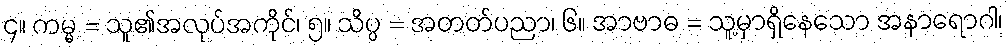
၄။ ကမ္မ = သူ၏အလုပ်အကိုင်၊ ၅။ သိပ္ပ = အတတ်ပညာ၊ ၆။ အာဗာဓ = သူ့မှာရှိနေသော အနာရောဂါ၊